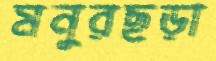
মনুরছড়া